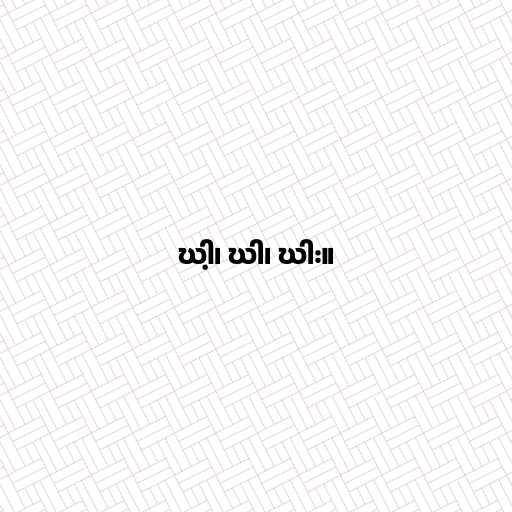
ဃါ့၊ ဃါ၊ ဃါး။